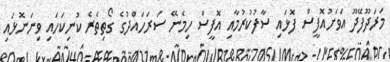
މަރަދޫފޭދޫ އަވަށުއޮފީސް ފޮޅައި ސާފުކުރުމާއި އޮފީސް ހިމެނޭ ސަރަހައްދުގެ ގޯތިތެރެ ކުނިކަހައި ވިނަނޮޅައި